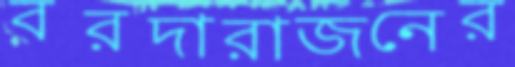
বরদারাজনের